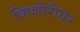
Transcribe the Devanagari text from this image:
किशोरीवर